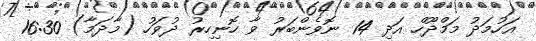
އަހުމަދު މަމްދޫހް އަދި 14 ނޮވެންބަރު ވާ ހޮނިހިރު ދުވަހު (މާދަމާ) 16:30